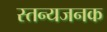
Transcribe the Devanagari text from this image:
स्तन्यजनक